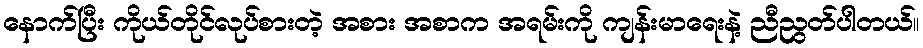
နောက်ပြီး ကိုယ်တိုင်လုပ်စားတဲ့ အစား အစာက အရမ်းကို ကျန်းမာရေးနဲ့ ညီညွတ်ပါတယ်။